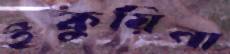
ইকুয়িনা